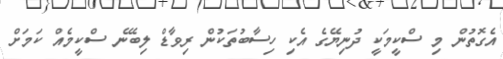
އެގޮތުން މި ސްކީމަކީ ދުނިޔޭގެ އެކި ހިސާބުތަކުން ރިވާޑް ލިބޭނެ ސްކީމެއް ކަމަށް